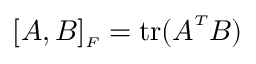
[ \boldsymbol { A } , \boldsymbol { B } ] _ { \scriptscriptstyle F } = \mathrm { t r } ( \boldsymbol { A } ^ { \scriptscriptstyle T } \boldsymbol { B } )